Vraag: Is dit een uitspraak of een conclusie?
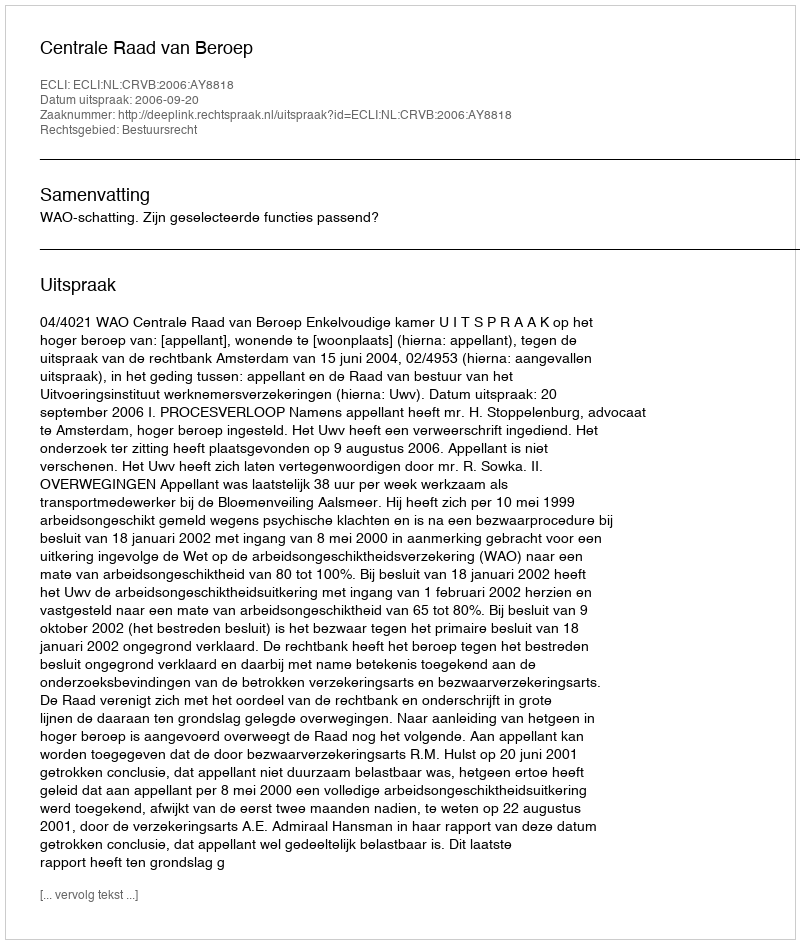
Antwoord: Uitspraak